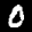
Label: 0